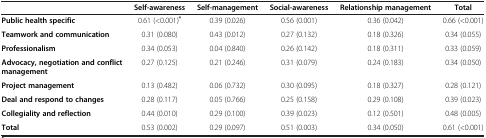
|  | Self-awareness | Self-management | Social-awareness | Relationship management | Total |
 | --- | --- | --- | --- | --- | --- |
 | Public health specific | 0.61 (<0.001)* | 0.39 (0.026) | 0.56 (0.001) | 0.36 (0.042) | 0.66 (<0.001) |
 | Teamwork and communication | 0.31 (0.080) | 0.43 (0.012) | 0.27 (0.132) | 0.18 (0.326) | 0.34 (0.055) |
 | Professionalism | 0.34 (0.053) | 0.04 (0.840) | 0.26 (0.142) | 0.18 (0.311) | 0.33 (0.059) |
 | Advocacy, negotiation and conflict management | 0.27 (0.125) | 0.21 (0.246) | 0.31 (0.079) | 0.24 (0.183) | 0.34 (0.050) |
 | Project management | 0.13 (0.482) | 0.06 (0.732) | 0.30 (0.095) | 0.18 (0.327) | 0.28 (0.121) |
 | Deal and respond to changes | 0.28 (0.117) | 0.05 (0.766) | 0.25 (0.158) | 0.29 (0.108) | 0.39 (0.023) |
 | Collegiality and reflection | 0.44 (0.010) | 0.29 (0.100) | 0.39 (0.023) | 0.12 (0.501) | 0.48 (0.005) |
 | Total | 0.53 (0.002) | 0.29 (0.097) | 0.51 (0.003) | 0.34 (0.050) | 0.61 (<0.001) |